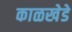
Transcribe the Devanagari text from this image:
काळखेडे